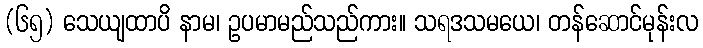
(၆၅) သေယျထာပိ နာမ၊ ဥပမာမည်သည်ကား။ သရဒသမယေ၊ တန်ဆောင်မုန်းလ